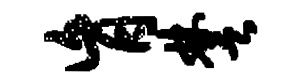
肓楚